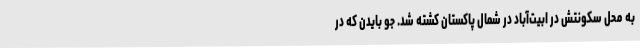
به محل سکونتش در ابیت‌آباد در شمال پاکستان کشته شد. جو بایدن که در